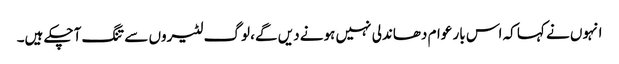
انہوں نے کہا کہ اس بار عوام دھاندلی نہیں ہونے دیں گے، لوگ لٹیروں سے تنگ آچکے ہیں۔